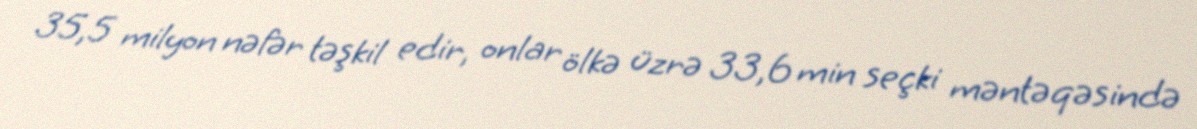
35,5 milyon nəfər təşkil edir, onlar ölkə üzrə 33,6 min seçki məntəqəsində